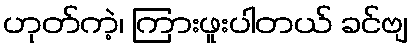
ဟုတ်ကဲ့၊ ကြားဖူးပါတယ် ခင်ဗျ